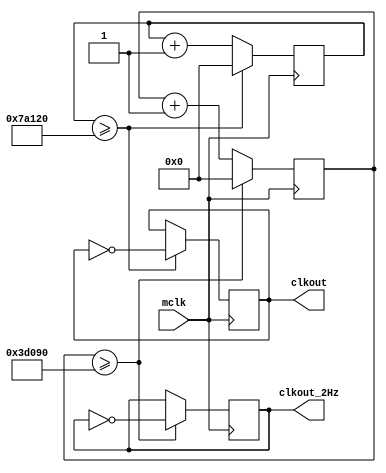
module clkdiv(
  input mclk, // 1Mhz
  output reg clkout, // 1Hz
  output reg clkout_2Hz
);
reg[19:0] rCnt=20'h0_0000;
reg[19:0] rCnt_2=20'h0_0000;

always @(posedge mclk)	//1Hz
begin
  if (rCnt[19:0] >= 20'h7_a120) begin	//500000
    rCnt[19:0] <= 20'h0_0000;
    clkout <= ~clkout;
  end
else begin
  rCnt[19:0] <= rCnt[19:0] + 20'h0_0001;
     end
end

always @(posedge mclk)	//2Hz
begin
  if (rCnt_2[19:0] >= 20'h3_d090) begin	//250000
    rCnt_2[19:0] <= 20'h0_0000;
    clkout_2Hz <= ~clkout_2Hz;
  end
else begin
  rCnt_2[19:0] <= rCnt_2[19:0] + 20'h0_0001;
     end
end

endmodule